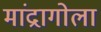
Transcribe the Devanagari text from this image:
मांद्रागोला